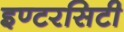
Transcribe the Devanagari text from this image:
इण्टरसिटी